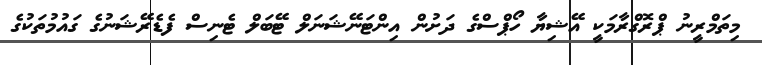
މިތަމްރީނު ޕްރޮގްރާމަކީ އޭޝިޔާ ހޯޕްސްގެ ދަށުން އިންޓަނޭޝަނަލް ޓޭބަލް ޓެނިސް ފެޑެރޭޝަނުގެ ގައުމުތަކުގެ